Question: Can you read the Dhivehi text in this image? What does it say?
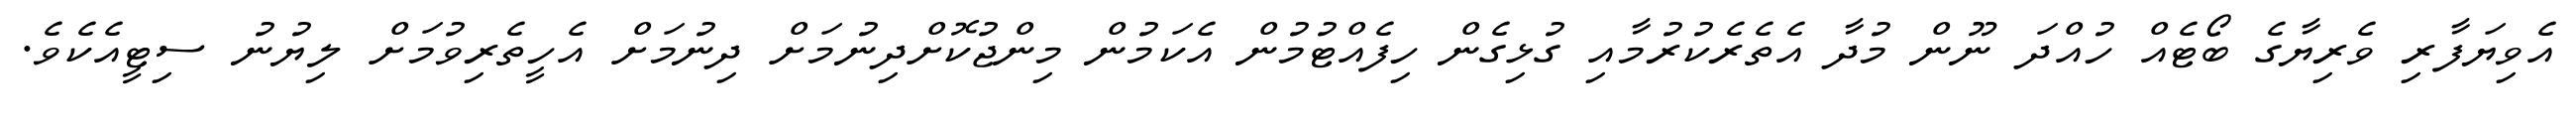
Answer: އެވިޔަފާރި ވެރިޔާގެ ބޯޓެއް ހުއްދަ ނޫން މުދާ އެތެރެކުރުމާއި ގުޅިގެން ހިފެއްޓުމުން އެކަމުން މިންޖުކޮށްދިނުމަށް ދިނުމަށް އެހީތެރިވުމަށް ލިޔުނު ސިޓީއެކެވެ.